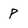
Character: P